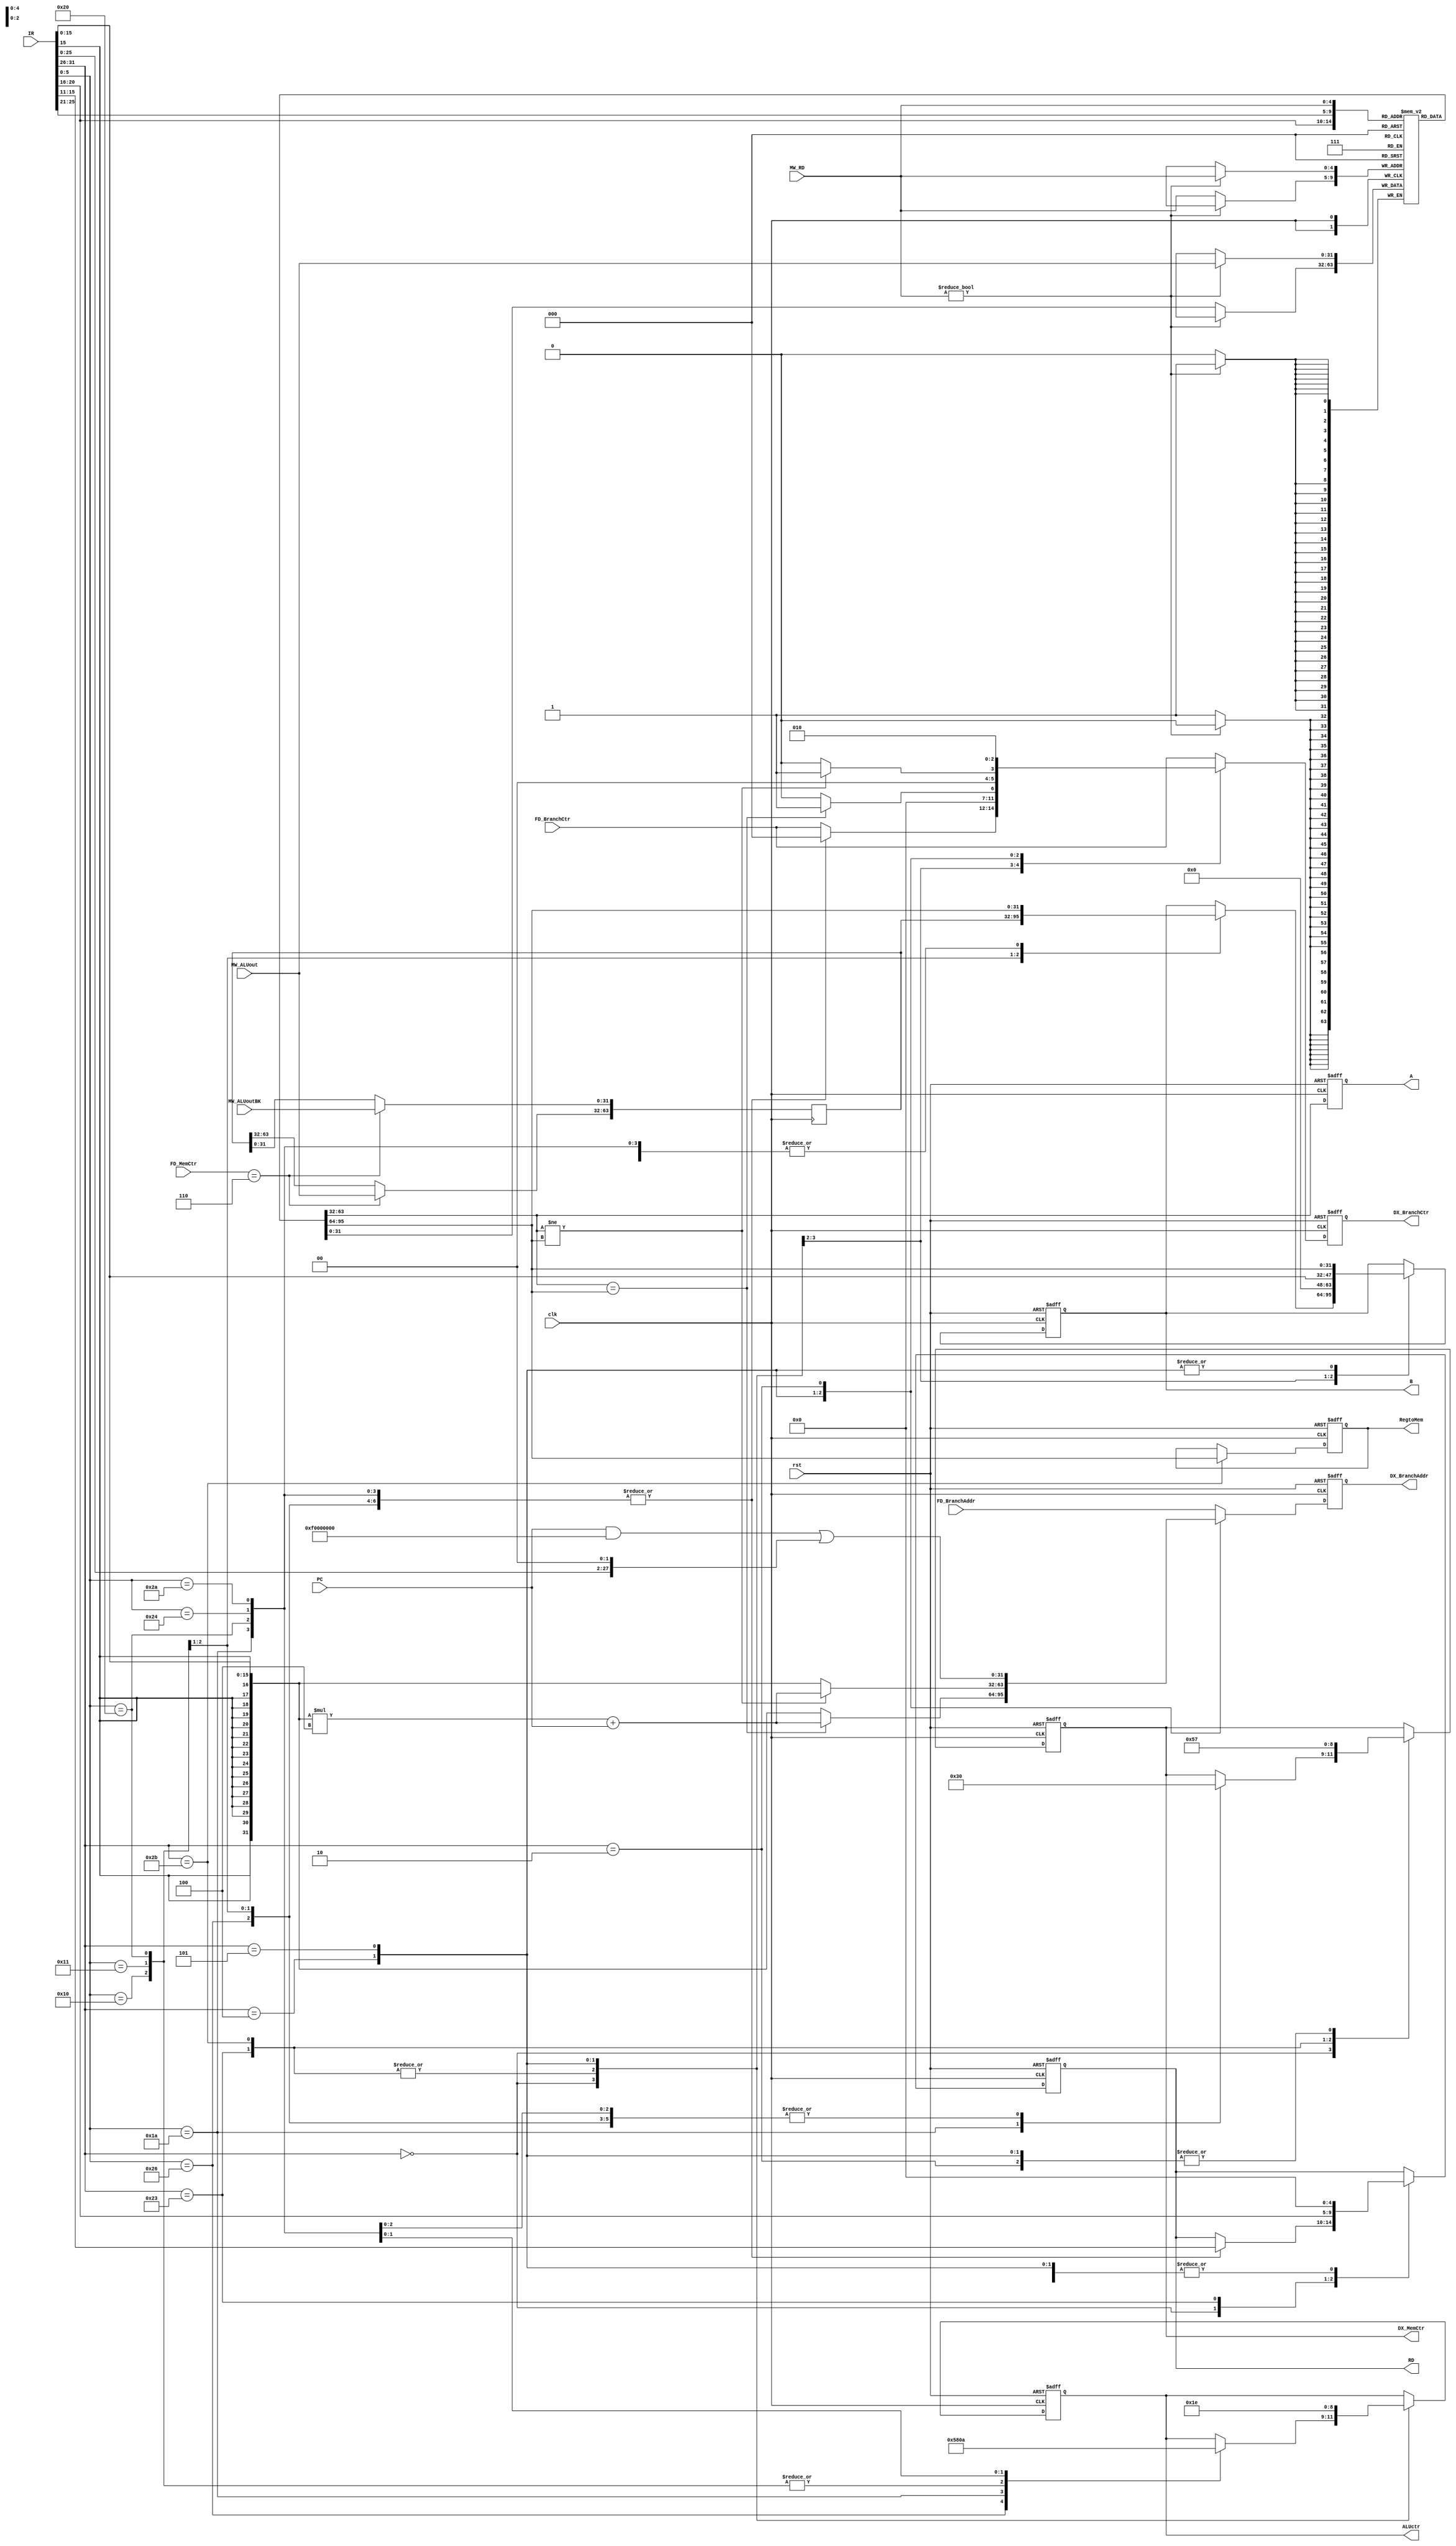
`timescale 1ns/1ps

module INSTRUCTION_DECODE(
	clk,
	rst,
	IR,
	FD_BranchCtr,
	FD_BranchAddr,
	FD_MemCtr,
	PC,
	MW_RD,
	MW_ALUout,
	MW_ALUoutBK,
	
	A,
	B,
	RD,
	DX_BranchCtr,
	DX_BranchAddr,
	ALUctr,
	DX_MemCtr,
	RegtoMem
);

input clk,rst;
input [31:0]IR, PC, MW_ALUout, MW_ALUoutBK;
input [4:0] MW_RD;
input [2:0] FD_BranchCtr,FD_MemCtr;
input [31:0] FD_BranchAddr;

output reg [31:0] A, B;
output reg [4:0] RD;
output reg [2:0] ALUctr;
output reg  [2:0] DX_MemCtr;
output reg  [31:0] RegtoMem;
output reg [2:0] DX_BranchCtr;
output reg [31:0] DX_BranchAddr;

//register file
reg [31:0] REG [0:31];
reg [63:0] HILO;
// 0 ~ 31 for general purpose 
// 32 HI 33 LO

//Write back
always @(posedge clk)//add new Dst REG source here
begin
//$display("FD_MemCtr: %b", FD_MemCtr);
	if(MW_RD)
	  REG[MW_RD] <= MW_ALUout;
	else
	  REG[MW_RD] <= REG[MW_RD];//keep REG[0] always equal zero
	if (FD_MemCtr == 3'd6) begin
	  HILO[63:32] <= MW_ALUout;
	  HILO[31:0] <= MW_ALUoutBK;
	  $display("HILO: %b", MW_ALUout);
	end
end
	
//set A, and other register content(j/beq flag and address)	
always @(posedge clk or posedge rst)
begin
	if(rst) 
	  begin
	    A 	<=32'b0;
	  end 
	else 
	  begin
	    A 	<=REG[IR[25:21]];
	  end
end

//set control signal, choose Dst REG, and set B	
always @(posedge clk or posedge rst)
begin
	if(rst) 
	  begin
		B 		<=32'b0;
		RegtoMem <=32'b0;
		RD 		<=5'b0;
		ALUctr 	<=3'b0;
		DX_MemCtr <= 3'd0;
		DX_BranchCtr <= 3'd0;
		DX_BranchAddr <= 32'd0;
	  end 
	else 
	  begin
	    $display("ID_PC: %d", PC);
	  	DX_BranchCtr <= FD_BranchCtr;
	  	DX_BranchAddr <= FD_BranchAddr;
	    case(IR[31:26])
		  6'b000000://R-Type
		    begin
			  case(IR[5:0])//funct & setting ALUctr
			    6'b10_0110:// XOR
				  begin
		            B	<=REG[IR[20:16]];
		            RD	<=IR[15:11];
		            DX_MemCtr <=3'd0; // Write to Register
					ALUctr <=3'd5; // XOR
					DX_BranchCtr <= 3'd0; // No branch
				  end
			    6'b01_0000:// MFHI
				  begin
		            B	<=HILO[63:32];
		            RD	<=IR[15:11];
		            DX_MemCtr <=3'd0; // Write to Register
					ALUctr <=3'd0; // ADD
					DX_BranchCtr <= 3'd0; // No branch
				  end
				6'b01_0001:// MFLO
				  begin
		            B	<=HILO[31:0];
		            RD	<=IR[15:11];
		            DX_MemCtr <=3'd0; // Write to Register
					ALUctr <=3'd0; // ADD
					DX_BranchCtr <= 3'd0; // No branch
				  end
			    6'b01_1010:// DIV
				  begin
		            B	<=REG[IR[20:16]];
		            RD	<=IR[15:11];
		            DX_MemCtr <=3'd6; // HI LO USAGE
					ALUctr <=3'd4; // DIV
					DX_BranchCtr <= 3'd0; // No branch
					//$display("IDDX_MemCtr: %b", DX_MemCtr);
				  end
			    6'b10_0000:// ADD
				  begin
		            B	<=REG[IR[20:16]];
		            RD	<=IR[15:11];
		            DX_MemCtr <=3'd0; // Write to Register
					ALUctr <=3'd0; // ADD
					DX_BranchCtr <= 3'd0; // No branch
				  end
				6'b10_0100:// SUB
				  begin
					B 	<=REG[IR[20:16]];
					RD	<=IR[15:11];
					DX_MemCtr <=3'd0; // Write to Register
					ALUctr <=3'd1; // SUB
					DX_BranchCtr <= 3'd0; // No branch
				  end
				6'b10_1010:// SLT
				  begin
					B 	<=REG[IR[20:16]];
					RD	<=IR[15:11];
					DX_MemCtr <=3'd0;
					ALUctr <=3'd2; // SLT
					DX_BranchCtr <= 3'd0; // No branch
				  end
			  endcase
			end
	      6'b10_0011:// LW (I-Type)
			begin
			  B 	<=IR[15:0];
			  RD	<=IR[20:16];
			  ALUctr <=3'd0; // ADD
			  DX_MemCtr <=3'd1; // Read DM and load to register
			  DX_BranchCtr <= 3'd0; // No branch
			end
	      6'b10_1011:// SW
			begin
			  B 	<=IR[15:0];
			  RD	<=5'd0;
			  RegtoMem <= REG[IR[20:16]];
			  ALUctr <=3'd0; // ADD
			  DX_MemCtr <=3'd2; // Read register and load to DM
			  DX_BranchCtr <= 3'd0; // No branch
			end
	      6'b00_0100:// BEQ
			begin
			  B 	<=REG[IR[20:16]];
			  if (REG[IR[25:21]] == REG[IR[20:16]]) begin
			  	RD	<=5'b0;
			    ALUctr <=3'd3; // BEQ
			    DX_MemCtr <=3'd7; // DO NOTHING
			    DX_BranchAddr <= ({{16{IR[15]}}, IR[15:0]} * 4) + PC; // DO SIGN EXTENTED
			    DX_BranchCtr <= 3'd1; // DO NOT JUDGE HERE
			  end
			  else begin
			  	RD	<=5'b0;
			    ALUctr <=3'd3; // BEQ
			    DX_MemCtr <=3'd7; // DO NOTHING
			    DX_BranchAddr <= {{16{IR[15]}}, IR[15:0]}; // DO SIGN EXTENTED
			    DX_BranchCtr <= 3'd0; // DO NOT JUDGE HERE
			  end
			  
			end
		  6'b00_0101:// BNE
			begin
			  B 	<=REG[IR[20:16]];
			  if (REG[IR[25:21]] != REG[IR[20:16]]) begin
			  	RD	<=5'b0;
			    ALUctr <=3'd6; // BNE
			    DX_MemCtr <=3'd7; // DO NOTHING
			    DX_BranchAddr <= ({{16{IR[15]}}, IR[15:0]} * 4) + PC; // DO SIGN EXTENTED
			    DX_BranchCtr <= 3'd1; // DO NOT JUDGE HERE
			  end
			  else begin
			  	RD	<=5'b0;
			    ALUctr <=3'd6; // BNE
			    DX_MemCtr <=3'd7; // DO NOTHING
			    DX_BranchAddr <= {{16{IR[15]}}, IR[15:0]}; // DO SIGN EXTENTED
			    DX_BranchCtr <= 3'd0; // DO NOT JUDGE HERE
			  end
			end
	      6'b00_0010:// J
			begin
			  RD	<=5'b0;
			  DX_MemCtr <=3'd7;  // DO NOTHING
			  DX_BranchAddr <= (PC & 32'b11110000000000000000000000000000) | (IR[25:0] << 2);
			  DX_BranchCtr <= 3'd2; // JUMP
			end
		endcase
	  end
end
endmodule